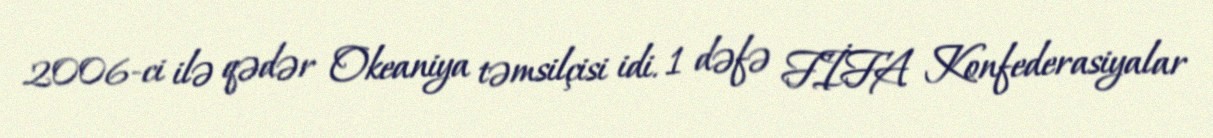
2006-ci ilə qədər Okeaniya təmsilçisi idi. 1 dəfə FİFA Konfederasiyalar